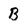
Character: B